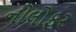
નીલોફર